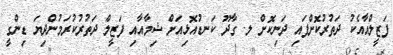
ފަޒީލްއާއެކު ދަތުރުކޮށްފައި ދަނިކޮށް ލ. ގާދޫ ކަނޑުއޮޅިއަށް ޝިމާއާއި ފަޒީލް ދަތުރުކުރަމުންދިޔަ ޑިންގީ